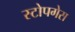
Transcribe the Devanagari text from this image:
स्टोपगेस